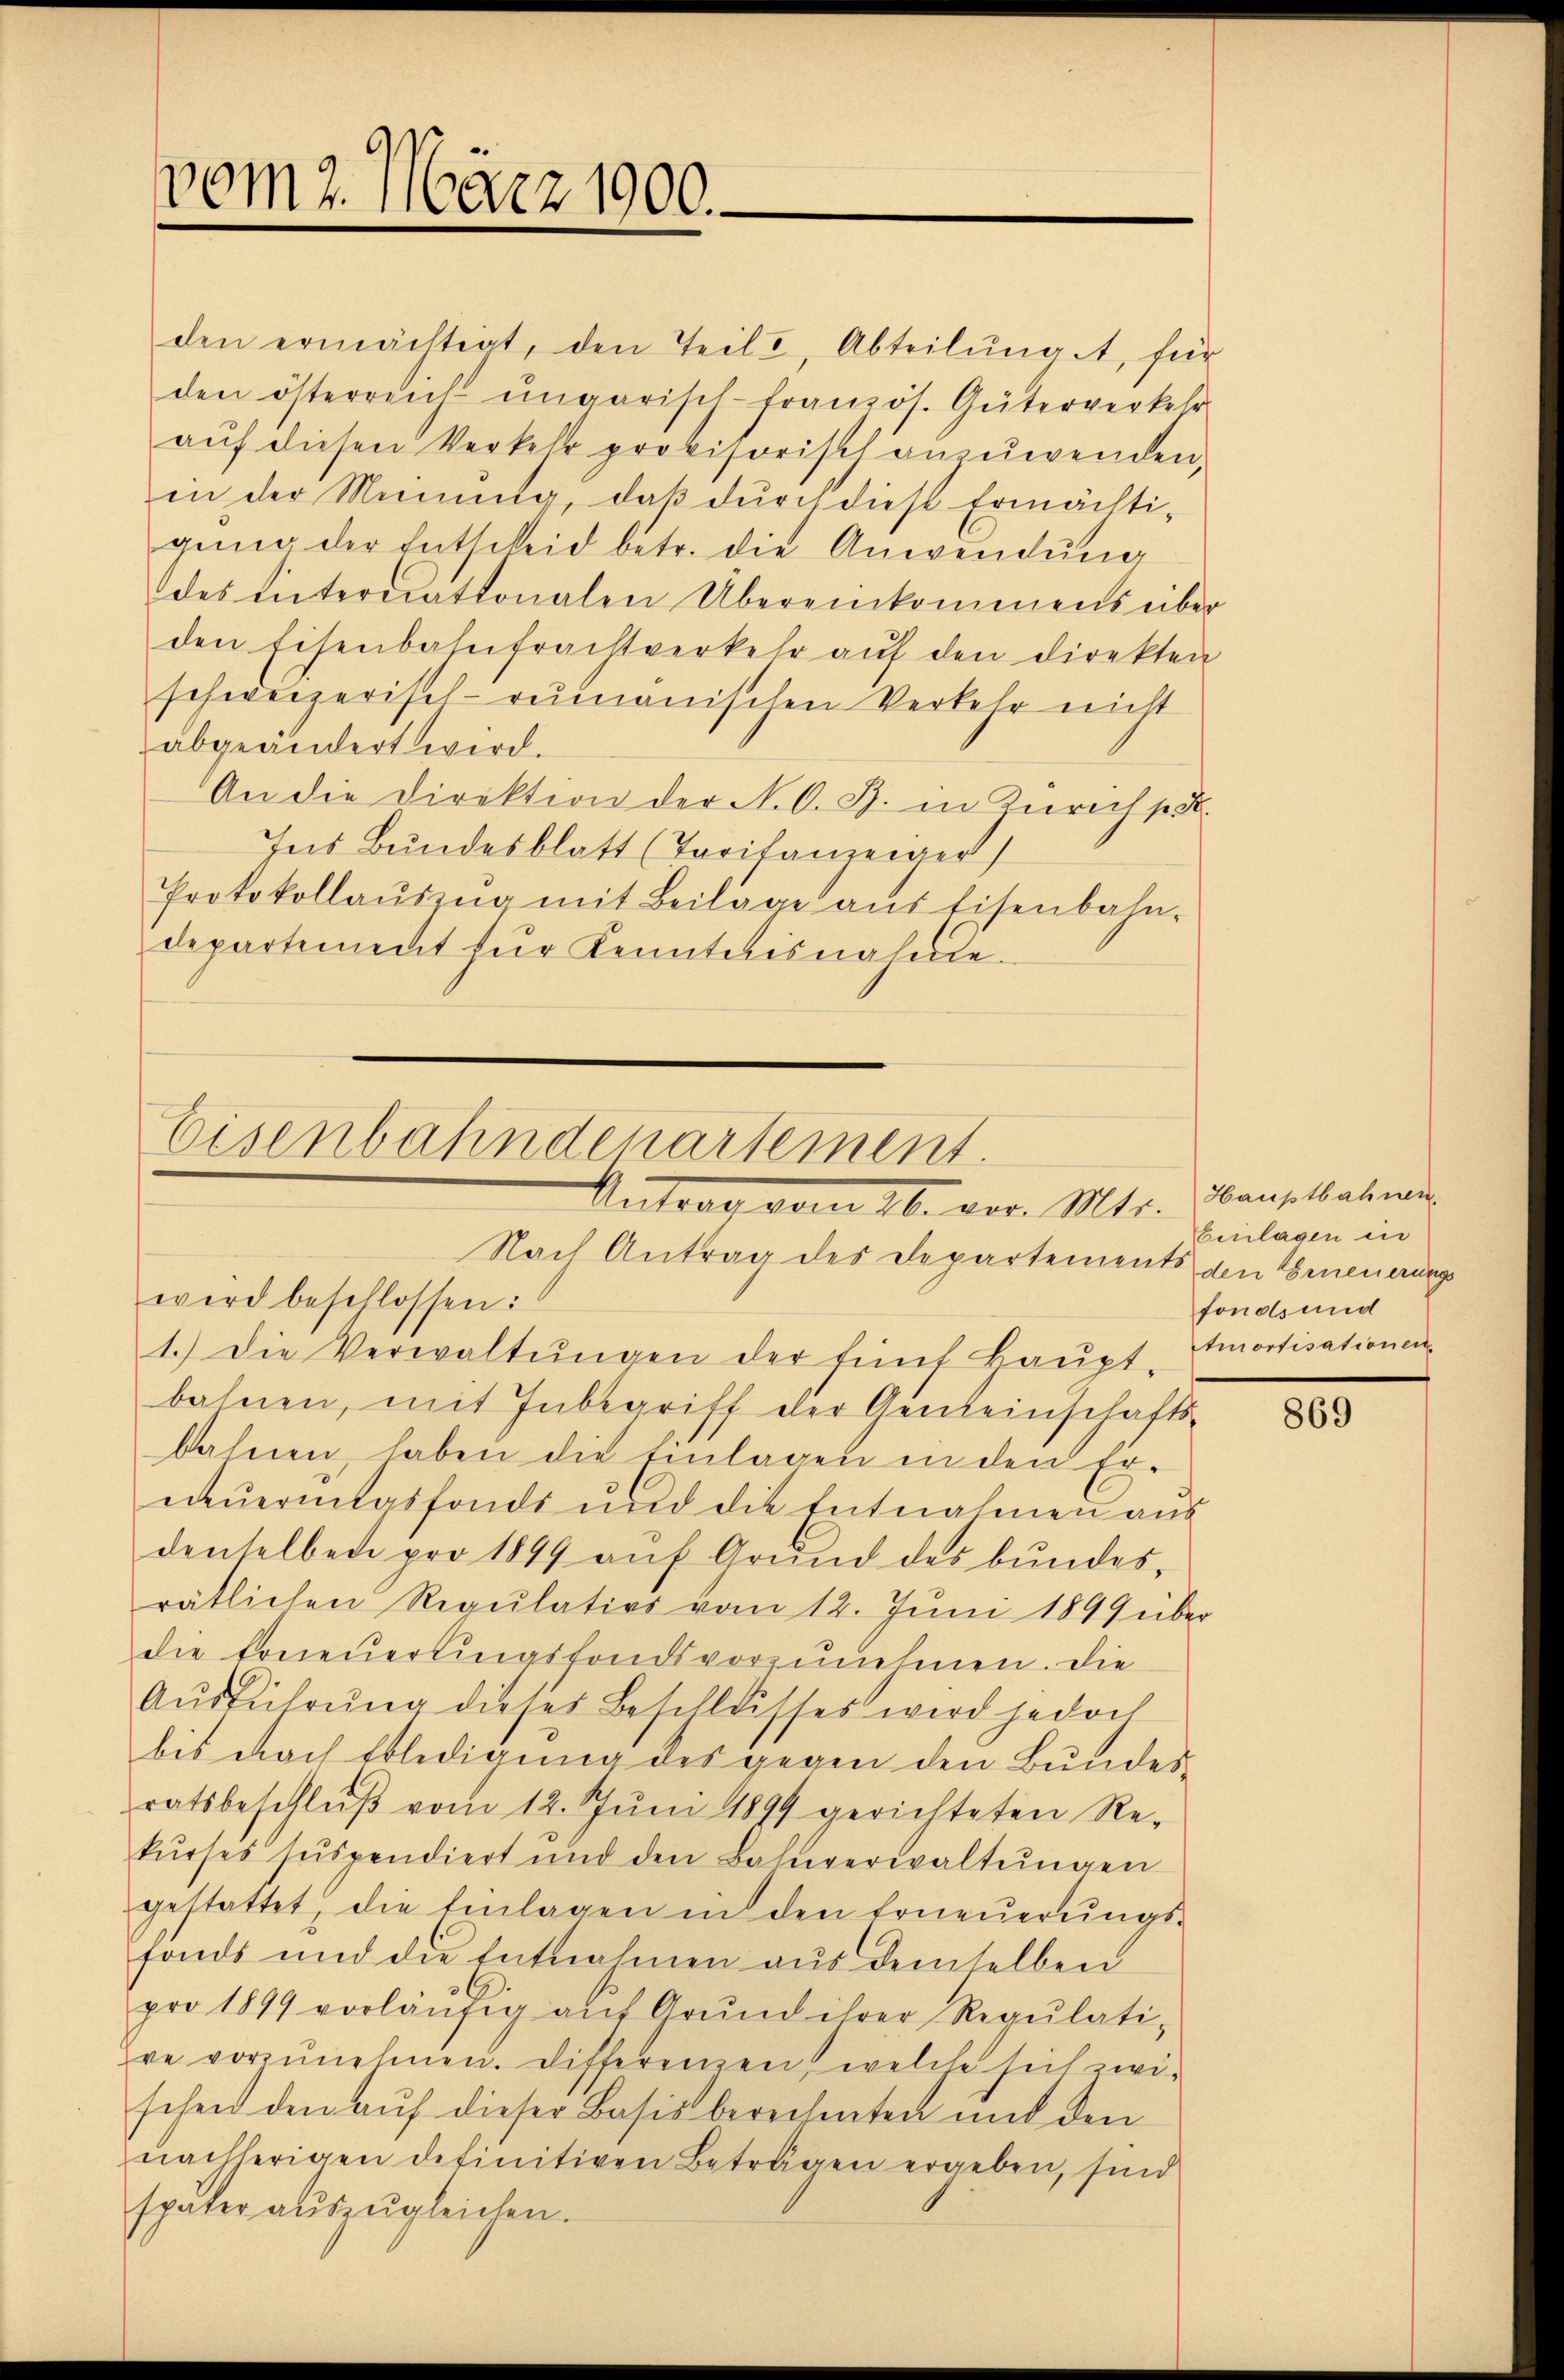
vom 2. März 1900.

den ermächtigt, den Teile, Abteilŭng, für
den österreich ŭngarisch-französ. Güterverkehr
aŭf diesen Verkehr provisorisch anzuwenden,
in der Meinung, daß durch diese Ermächtigung der Entscheid betr. die Anwendung
des Interriationalen Übereinkommens über
den Eisenbahnfrachtverkehr auf den direkten
schweizerisch-rumänischen Verkehr nicht
abgeändert wird.
An die Direktion der N. O. B. in Zürich so
Ins Bundesblatt (Taritanzeiger)
Protokollaŭszŭg mit Beilage aus Eisenbahn-
departement für Kenntnisnahme.

Eisenbahndepartement.
Antrag vom 26. vor. Mts.

Nach Antrag des Departements den Erneuerungs
wird beschlossen:
1.) Die Verwaltŭngen der fünf Haŭpt-Emortisationen-
bahnen, mit Inbegriff der Gemeinschaftsbahnen, haben die Einlagen in den Erneŭerungsfonde und die Entnahmen aŭs
denselben pro 1849 aŭf Grŭnd des bundes,
rätlichen Regulativs vom 12. Juni 1849 über
die Erneuerlingsfondsvorzunehmen. Die
Aŭsführung dieses Beschlusses wird jedoch
bis nach Erledigung des gegen den Bundesratsbeschlŭβ vom 12. Jŭni 1899 gerichteten Re-
kŭrses suspendiert und den Bahnverwaltŭngen
gestattet, die Einlagen in den Erneŭerŭngs-
fonds und die Entnahmen aus demselben
pro 1899 vorläŭfig aŭf Grŭnd ihrer Regŭlati-
ve vorzŭnehmen. Differenzen welche sich zwi-
schen den auf dieser Basis berechneten mit den
nachherigen definitiven Betragen ergeben, sind
später auszugleichen.

Hauptbahnen.
Einlagen in
fonds und

869